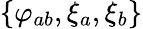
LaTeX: \{ \varphi_{ab},\xi_{a},\xi_{b}\}